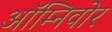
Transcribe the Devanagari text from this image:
ऑम्निवोर